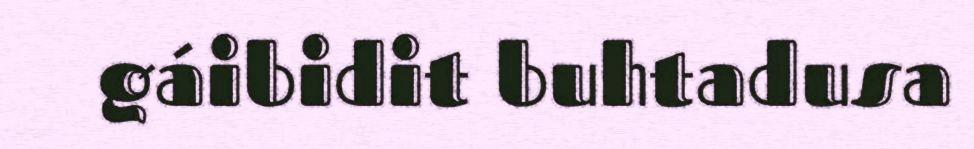
gáibidit buhtadusa